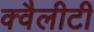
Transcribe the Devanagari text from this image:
क्वैलीटी